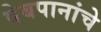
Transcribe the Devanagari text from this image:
वेबपानांचे